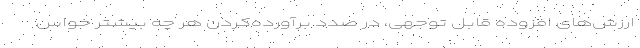
ارزش‌های افزوده قابل توجهی، در صدد برآورده‌‌کردن هر چه بیشتر خواس